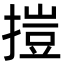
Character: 㨟